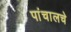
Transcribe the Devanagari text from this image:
पांचालचे